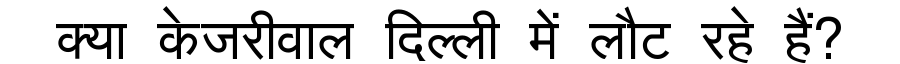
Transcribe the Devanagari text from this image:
क्या केजरीवाल दिल्ली में लौट रहे हैं?